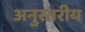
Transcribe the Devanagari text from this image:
अनुस्तरीय